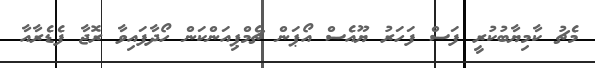
މެޗު ކާމިޔާބުކުރީ ފަސް ފަހަރު ޔޫއެސް އޯޕަން ޗެމްޕިއަންކަން ހޯދާފައިވާ ރޮޖާ ފެޑެރާއާ